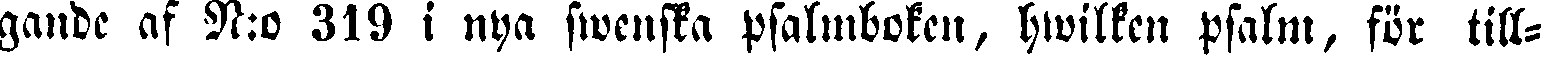
gande af N:o 319 i nya swenska psalmboken, hwilken psalm, för till-